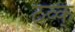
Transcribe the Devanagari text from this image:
ठव्क्